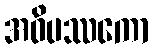
အဝိပဿကော